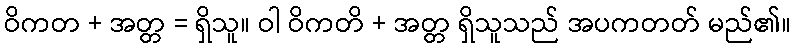
ဝိကတ + အတ္တ = ရှိသူ။ ဝါ ဝိကတိ + အတ္တ ရှိသူသည် အပကတတ် မည်၏။